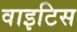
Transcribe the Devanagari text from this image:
वाइटिस